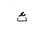
Letter: _tha